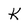
Character: K